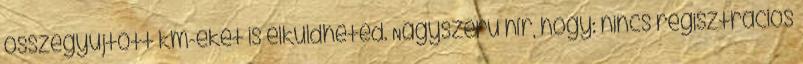
összegyűjtött km-eket is elküldheted. Nagyszerű hír, hogy: nincs regisztrációs